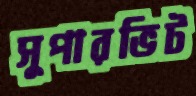
সুপারভিট